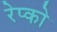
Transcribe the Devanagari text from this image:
रेप्को